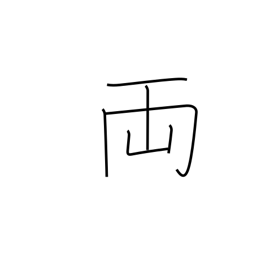
Meaning: old Japanese coin